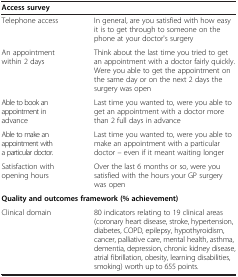
<table><thead><tr><td colspan="2"><b>Access survey</b></td></tr></thead><tbody><tr><td>Telephone access</td><td>In general, are you satisfied with how easy it is to get through to someone on the phone at your doctor's surgery</td></tr><tr><td>An appointment within 2 days</td><td>Think about the last time you tried to get an appointment with a doctor fairly quickly. Were you able to get the appointment on the same day or on the next 2 days the surgery was open</td></tr><tr><td>Able to book an appointment in advance</td><td>Last time you wanted to, were you able to get an appointment with a doctor more than 2 full days in advance</td></tr><tr><td>Able to make an appointment with a particular doctor.</td><td>Last time you wanted to, were you able to make an appointment with a particular doctor – even if it meant waiting longer</td></tr><tr><td>Satisfaction with opening hours</td><td>Over the last 6 months or so, were you satisfied with the hours your GP surgery was open</td></tr><tr><td colspan="2"><b>Quality and outcomes framework (% achievement)</b></td></tr><tr><td>Clinical domain</td><td>80 indicators relating to 19 clinical areas (coronary heart disease, stroke, hypertension, diabetes, COPD, epilepsy, hypothyroidism, cancer, palliative care, mental health, asthma, dementia, depression, chronic kidney disease, atrial fibrillation, obesity, learning disabilities, smoking) worth up to 655 points.</td></tr></tbody></table>